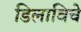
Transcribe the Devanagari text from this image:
डिलाविचे